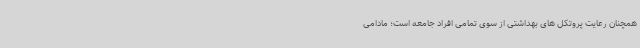
همچنان رعایت پروتکل های بهداشتی از سوی تمامی افراد جامعه است؛ مادامی